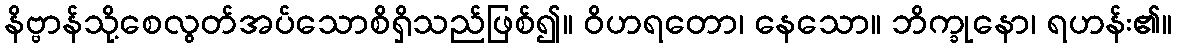
နိဗ္ဗာန်သို့စေလွတ်အပ်သောစိရှိသည်ဖြစ်၍။ ဝိဟရတော၊ နေသော။ ဘိက္ခုနော၊ ရဟန်း၏။